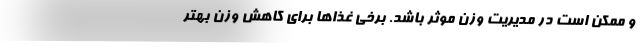
و ممکن است در مدیریت وزن موثر باشد. برخی غذاها برای کاهش وزن بهتر